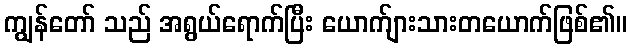
ကျွန်တော် သည် အရွယ်ရောက်ပြီး ယောက်ျားသားတယောက်ဖြစ်၏။